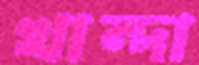
খান্দা